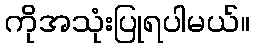
ကိုအသုံးပြုရပါမယ်။